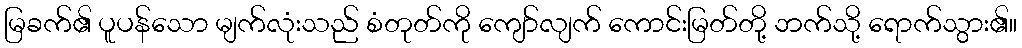
မြခက်၏ ပူပန်သော မျက်လုံးသည် စံတုတ်ကို ကျော်လျက် ကောင်းမြတ်တို့ ဘက်သို့ ရောက်သွား၏။